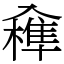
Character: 𠓼